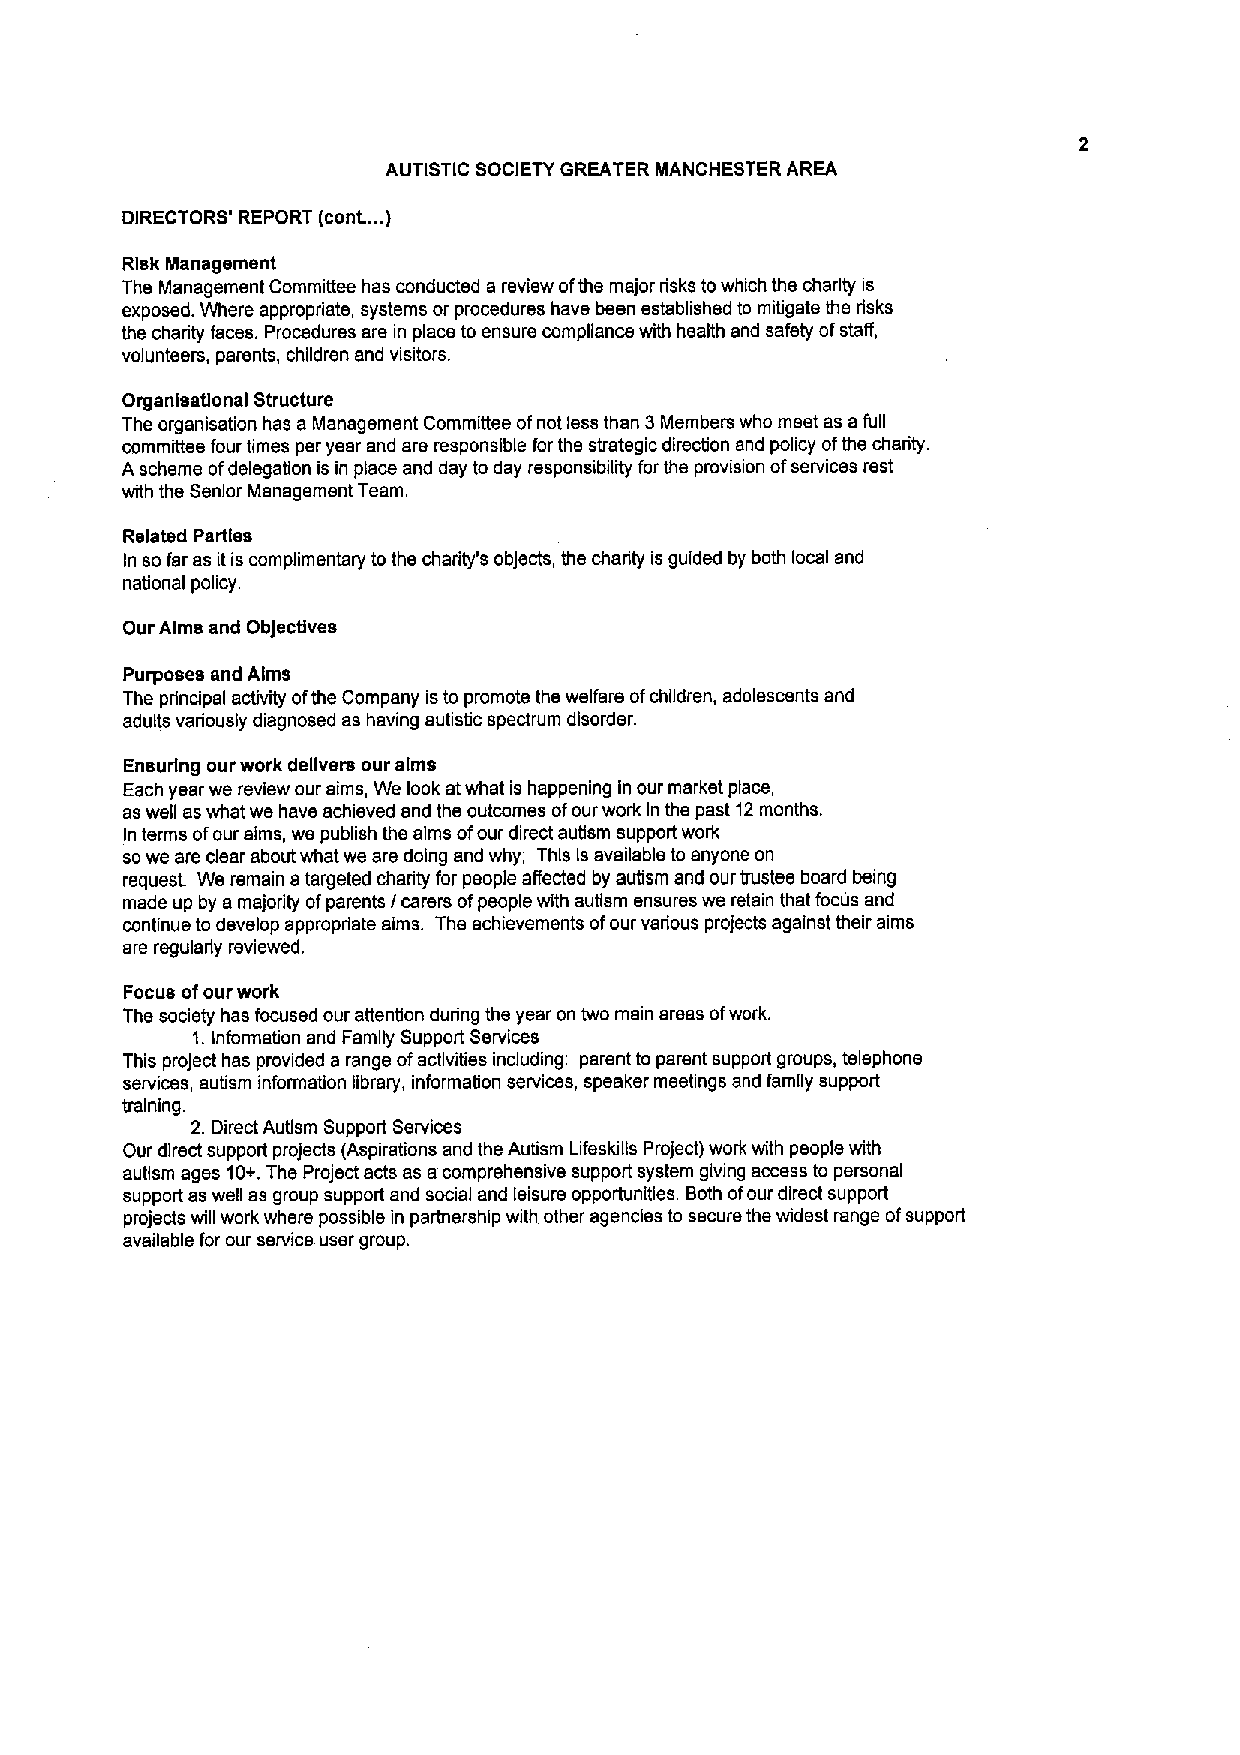
AUTISTIC SOCIETY GREATER MANCHESTER AREA
 DIRECTORS' REPORT (cont.... )
 Risk Management
 The Management Committee has conducted a review ofthe major risks towhich the charity is
 exposed. Where appropriate, systems or procedures have been established to mitigate the risks
 the charity faces. Procedures are in place to ensure compliance with health and safety ofstaff,
 volunteers, parents, children and visitors.
 Organisatlonal Structure
 The organisation has a Management Committee ofnot less than 3Members who meet as afull
 committee four times per year and are responsible for the strategic direction snd policy ofthe charity.
 Ascheme ofdelegation is in place and day to day responsibility for the provision ofservices rest
 with the Senior Management Team.
 Related Parties
 In so far as itis complimentary to the charity's obJects, the charity is guided by both local and
 national policy.
 Our Alms and ObJectives
 Purposes and Alms
 The principal activity ofthe Company isto promote the welfare ofchildren, adolescents and
 adults variously diagnosed as having autistic spectrum disorder.
 Ensuring our work delivers our alms
 Each year we review our aims, We look atwhat is happening in our market place,
 as well eswhat we have achieved and the outcomes ofour work In the past 12months.
 In terms ofour aims, we publish the elms ofour direct autism support work
 sowe are clear about what we are doing and why; This Isavailable to anyone on
 request. We remain atargeted chanty for people affected by autism and our trustee board being
 made up by amajority ofparents Icarers ofpeople with autism ensures we retain that focus and
 continue to develop appropriate aims. The achievements ofour various projects against their aims
 ere regularly reviewed.
 Focus ofour work
 The society has focused our attention during the year on two main areas ofwork.
 1.Information and Family Support Services
 This proJect has provided a range ofactivities including: parent to parent support groups, telephone
 services, autism information library, information services, speaker meetings and family support
 training.
 2.Direct Autism Support Services
 Our direct support projects (Aspirations and the Autism Lifeskills Project) work with people with
 autism ages 10+,The Project acts as acomprehensive support system giving access to personal
 support as well as group support and social and leisure opportunities. Both ofour direct support
 projects will work where possible in partnership with other agendes to secure the widest range ofsupport
 available for our service user group.